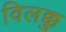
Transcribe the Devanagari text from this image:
विलक्कु